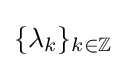
{\textstyle \{\lambda _{k}\}_{k\in \mathbb {Z} }}